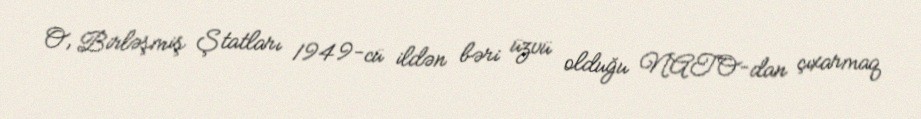
O, Birləşmiş Ştatları 1949-cü ildən bəri üzvü olduğu NATO-dan çıxarmaq